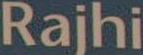
Rajhi